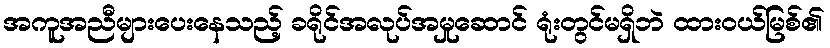
အကူအညီများပေးနေသည့် ခရိုင်အလုပ်အမှုဆောင် ရုံးတွင်မရှိဘဲ ထားဝယ်မြစ်၏